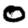
Digit: 0